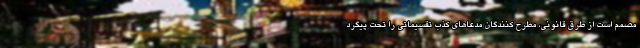
مصمم است از طرق قانونی، مطرح کنندگان مدعاهای کذب تقسیماتی را تحت پیگرد